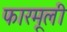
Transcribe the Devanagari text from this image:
फारमूली